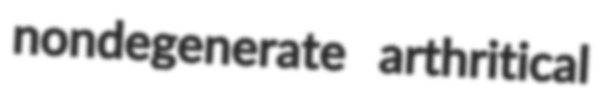
nondegenerate arthritical